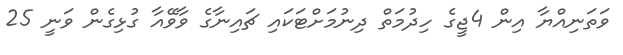
ވަތަނިއްޔާ އިން 4ޖީގެ ހިދުމަތް ދިނުމަށްޓަކައި ޗައިނާގެ ވާވޭއާ ގުޅިގެން ވަނީ 25